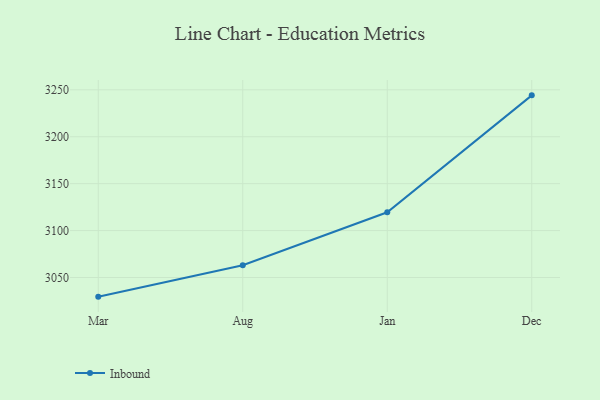
{"axis": {"x": "Month", "y": "Tickets Resolved"}, "legend": ["Inbound"], "data": [{"x": "Mar", "y": 3029.6, "type": "Inbound"}, {"x": "Aug", "y": 3063.0, "type": "Inbound"}, {"x": "Jan", "y": 3119.5, "type": "Inbound"}, {"x": "Dec", "y": 3244.1, "type": "Inbound"}]}